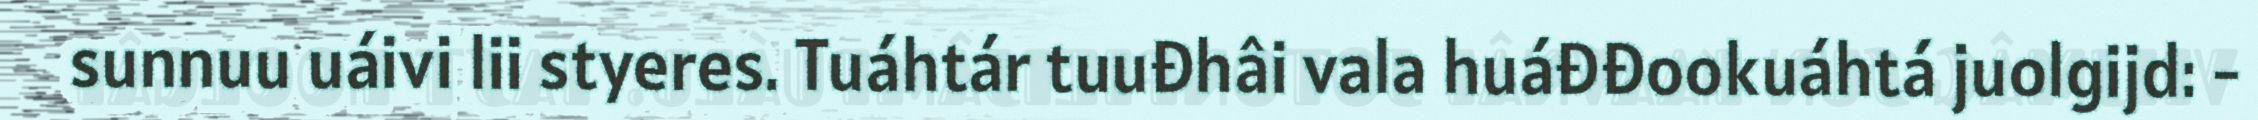
sunnuu uáivi lii styeres. Tuáhtár tuuđhâi vala huáđđookuáhtá juolgijd: -